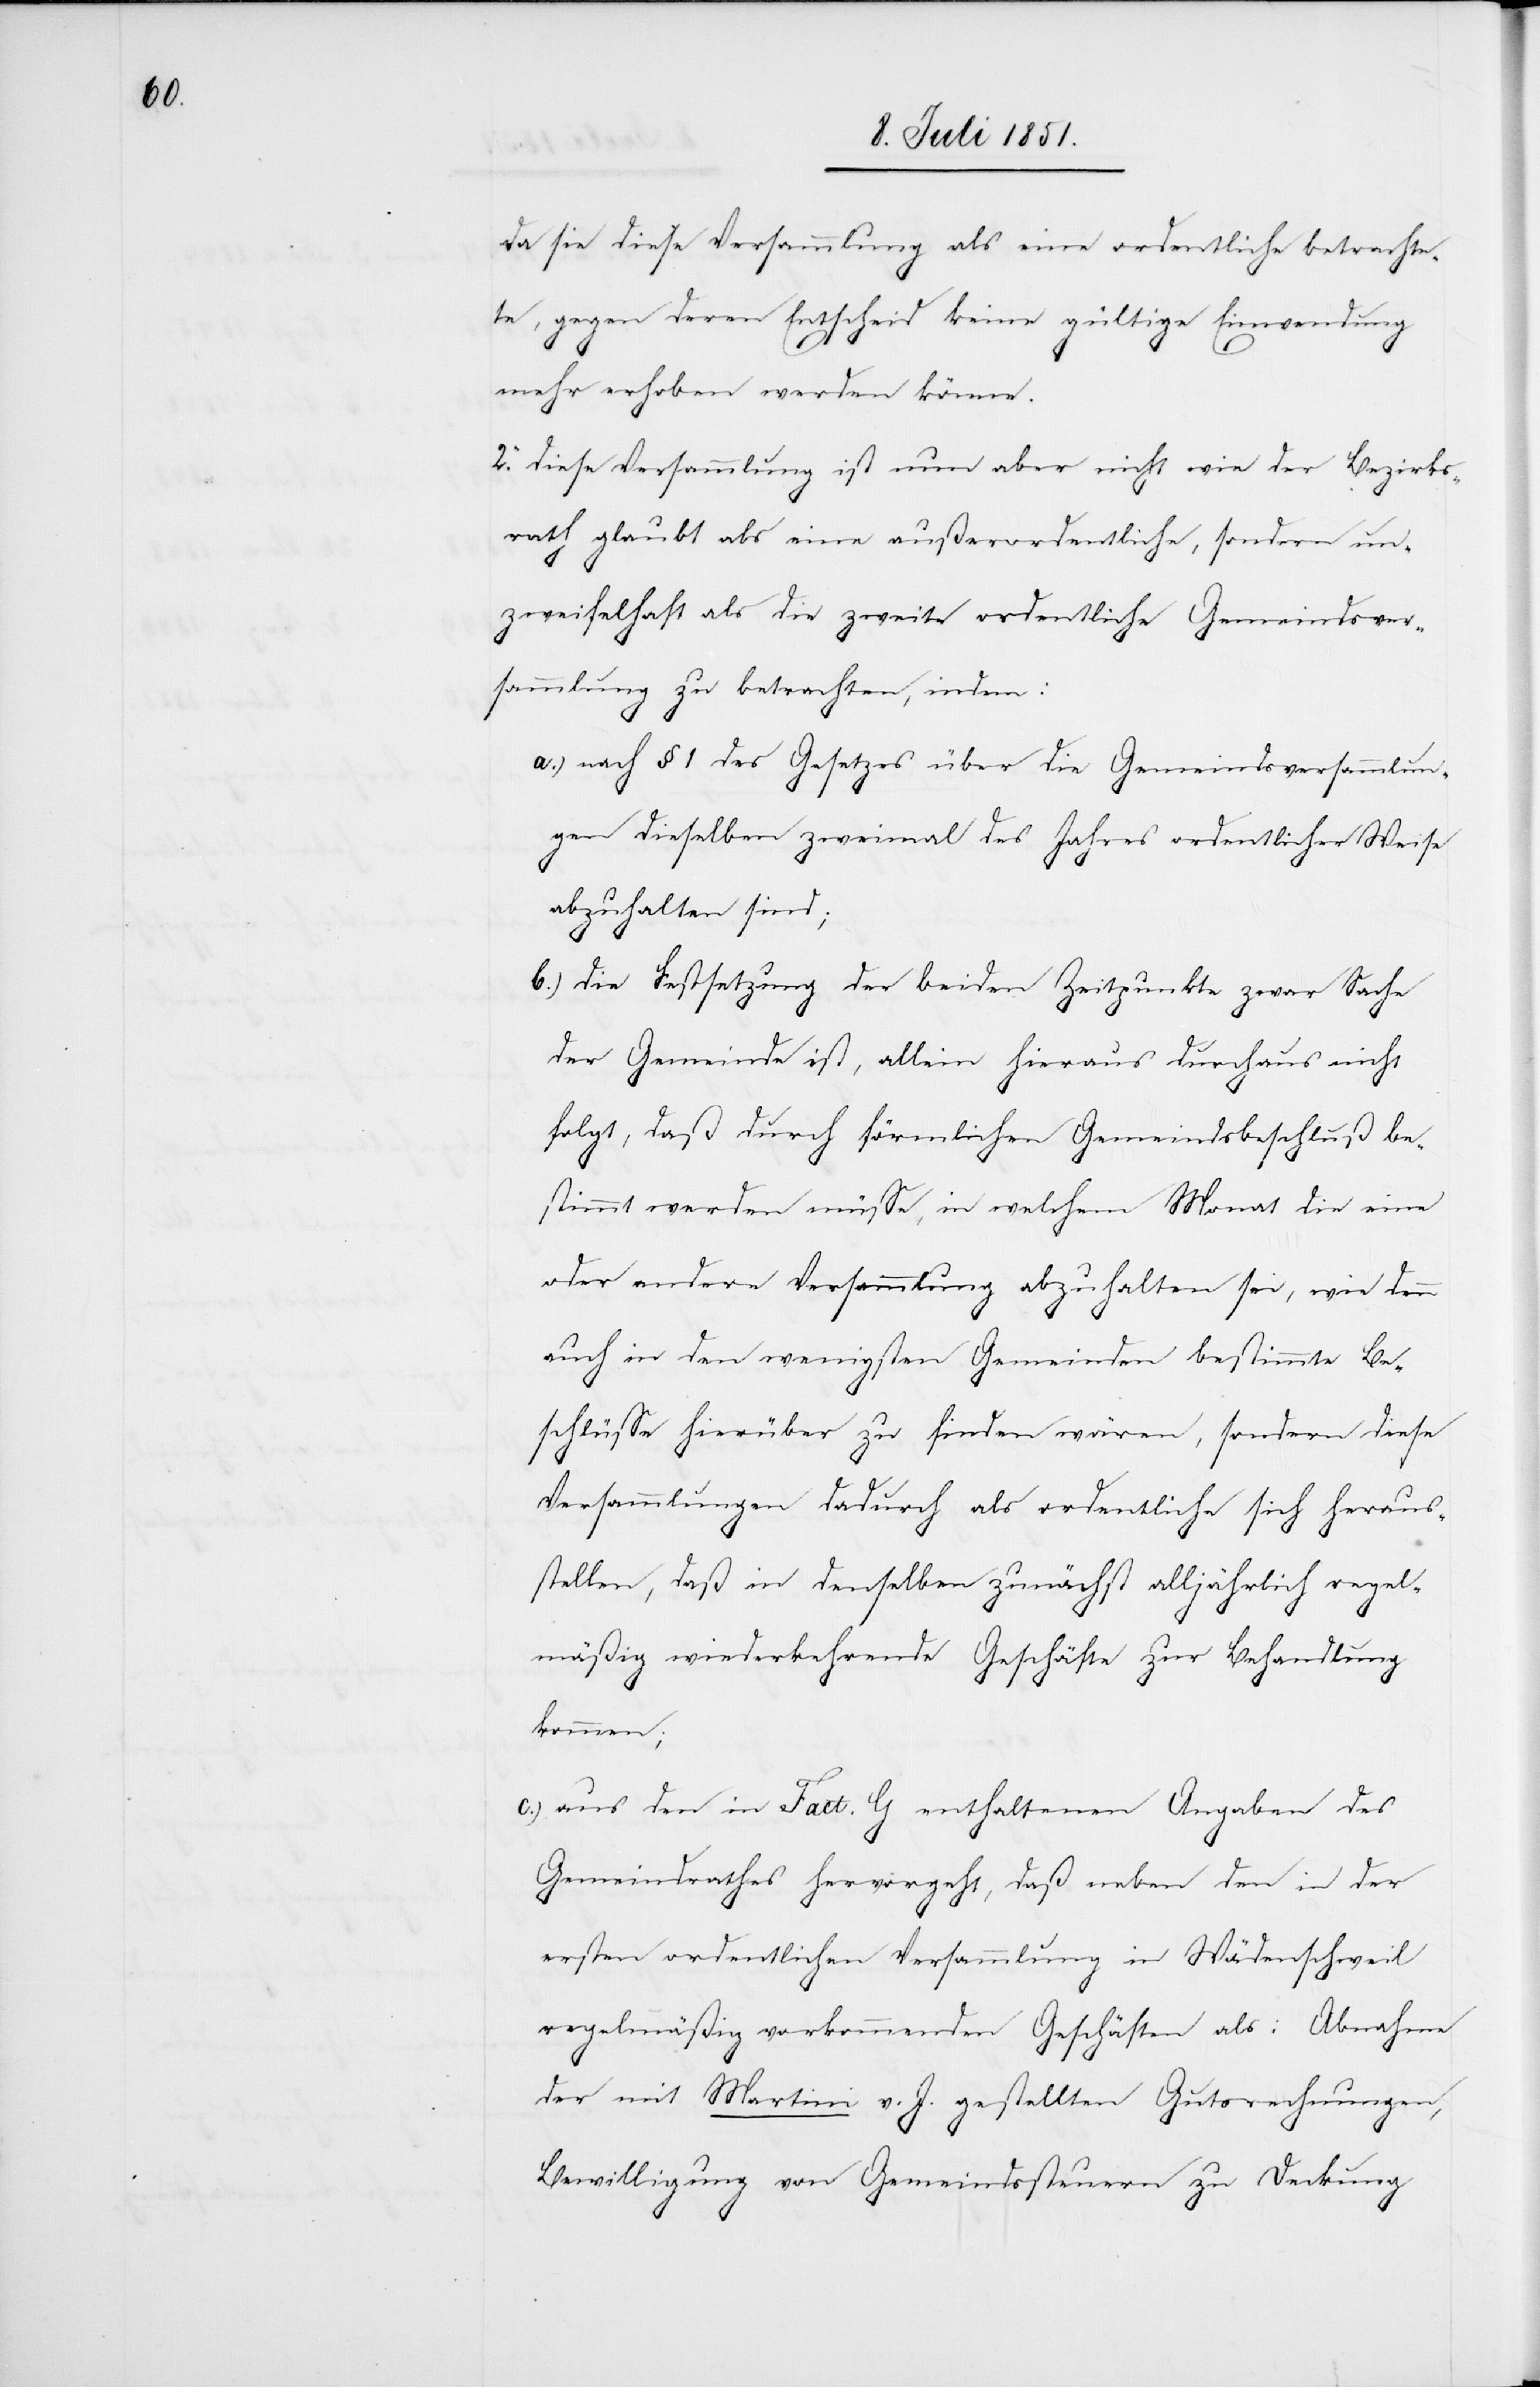
da sie diese Versammlung als eine ordentliche betrachte¬
te, gegen deren Entscheid keine gültige Einwendung
mehr erhoben werden könne.
2. diese Versammlung ist nun aber nicht wie der Bezirks¬
rath glaubt als eine außerordentliche, sondern un¬
zweifelhaft als die zweite ordentliche Gemeindsver¬
sammlung zu betrachten, indem:
nach § 1 des Gesetzes über die Gemeindsversammlun¬
gen dieselben zweimal des Jahres ordentlicher Weise
abzuhalten sind;
b.)
die Festsetzung der beiden Zeitpunkte zwar Sache
der Gemeinde ist, allein hieraus durchaus nicht
folgt, daß durch förmlichen Gemeindsbeschluß be¬
stimmt werden müsse, in welchem Monat die eine
oder andere Versammlung abzuhalten sei, wie denn
auch in den wenigsten Gemeinden bestimmte Be¬
schlüsse hierüber zu finden wären, sondern diese
Versammlungen dadurch als ordentliche sich heraus¬
stellen, daß in denselben zunächst alljährlich regel¬
mäßig wiederkehrende Geschäfte zur Behandlung
kommen;
aus den in Fact. G enthaltenen Angaben des
Gemeindrathes hervorgeht, daß neben den in der
ersten ordentlichen Versammlung in Wädenschweil
regelmäßig vorkommenden Geschäften als: Abnahme
der mit Martini v. J. gestellten Gutsrechnungen,
Bewilligung von Gemeindssteuern zu Deckung